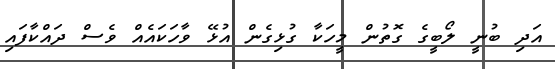
އަދި ބުނީ ލޯބީގެ ގޮތުން މީހަކާ ގުޅިގެން އުޅޭ ވާހަކައެއް ވެސް ދައްކާފައި